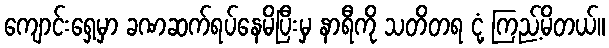
ကျောင်းရှေ့မှာ ခဏဆက်ရပ်နေမိပြီးမှ နာရီကို သတိတရ ငုံ့ ကြည့်မိတယ်။